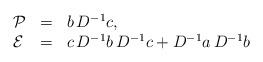
\begin{align*}\begin{array}{lll}{\cal P} & = & b \, D^{-1} c, \\{\cal E} & = & c\, D^{-1} b \, D^{-1} c + D^{-1} a \, D^{-1} b\end{array}\end{align*}